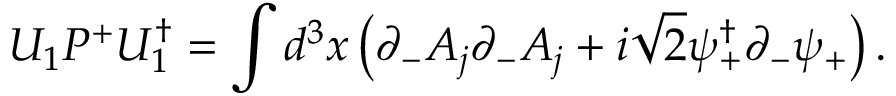
U _ { 1 } P ^ { + } U _ { 1 } ^ { \dagger } = \int d ^ { 3 } x \left( \partial _ { - } A _ { j } \partial _ { - } A _ { j } + i \sqrt { 2 } \psi _ { + } ^ { \dagger } \partial _ { - } \psi _ { + } \right) .